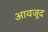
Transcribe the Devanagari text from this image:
आवजूद